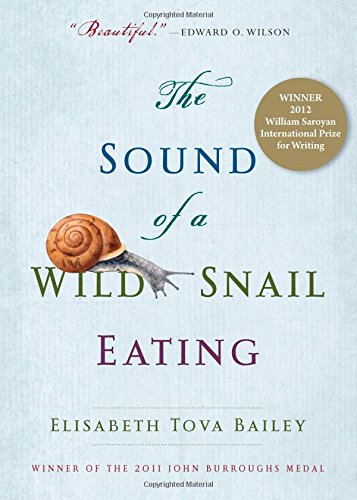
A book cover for The Sound of a Wild Snail Eating; Elisabeth Tova Bailey; Cookbooks, Food & Wine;